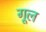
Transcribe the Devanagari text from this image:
गूल